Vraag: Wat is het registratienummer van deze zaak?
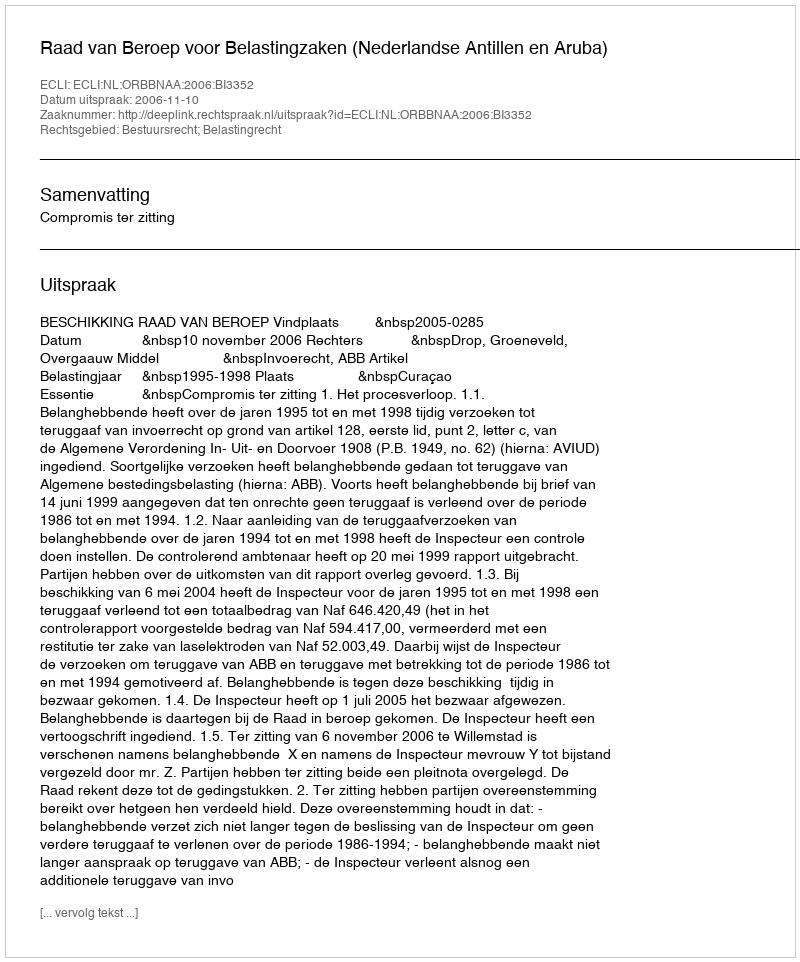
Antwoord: http://deeplink.rechtspraak.nl/uitspraak?id=ECLI:NL:ORBBNAA:2006:BI3352